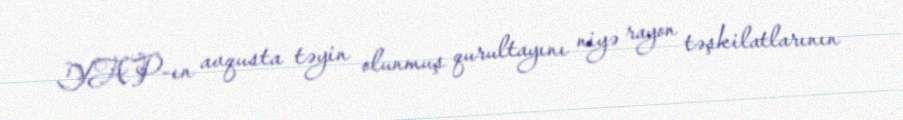
YAP-ın avqusta təyin olunmuş qurultayını niyə rayon təşkilatlarının